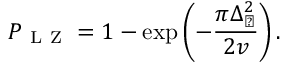
P _ { \mathrm { ~ L ~ Z ~ } } = 1 - \exp \left( - \frac { \pi \Delta _ { \perp } ^ { 2 } } { 2 v } \right) .